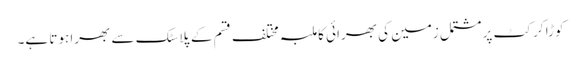
کوڑا کرکٹ پر مشتمل زمین کی بھرائی کا ملبہ مختلف قسم کے پلاسٹک سے بھرا ہوتا ہے۔